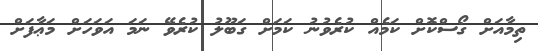
ތިމާއަށް ގޯސްކޮށް ކަމެއް ކުރެވުނު ކަމަށް ގަބޫލު ކުރެވޭ ނަމަ އަވަހަށް މަޢާފަށް